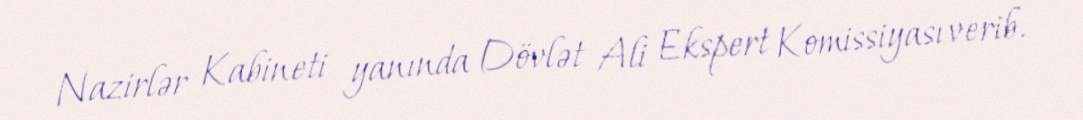
Nazirlər Kabineti yanında Dövlət Ali Ekspert Komissiyası verib.